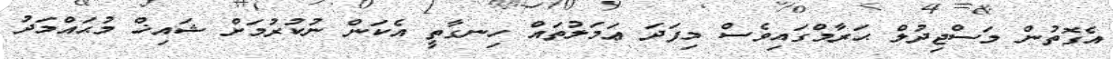
އެގޮތުން މަސްޖިދުލް ޙަރާމްގައިވެސް މިފަދަ ޢަމަލުތައް ހިނގާތީ އެކަން ނުކުރުމަށް ޝައިޚް މުޙައްމަދު